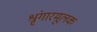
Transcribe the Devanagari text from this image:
श्रृंगारमूलक